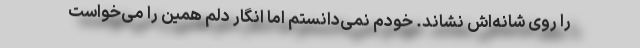
را روی شانه‌اش نشاند. خودم نمی‌دانستم اما انگار دلم همین را می‌خواست